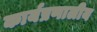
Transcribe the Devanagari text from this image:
कार्यप्रणालीय